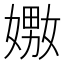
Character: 嫐